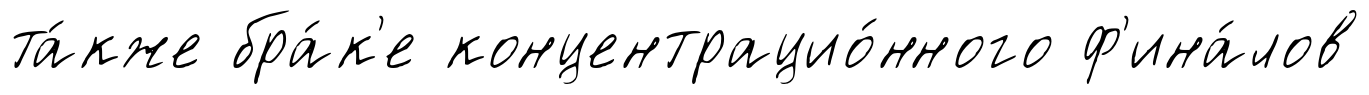
та́кже бра́к'е концентрацио́нного ф'ина́лов